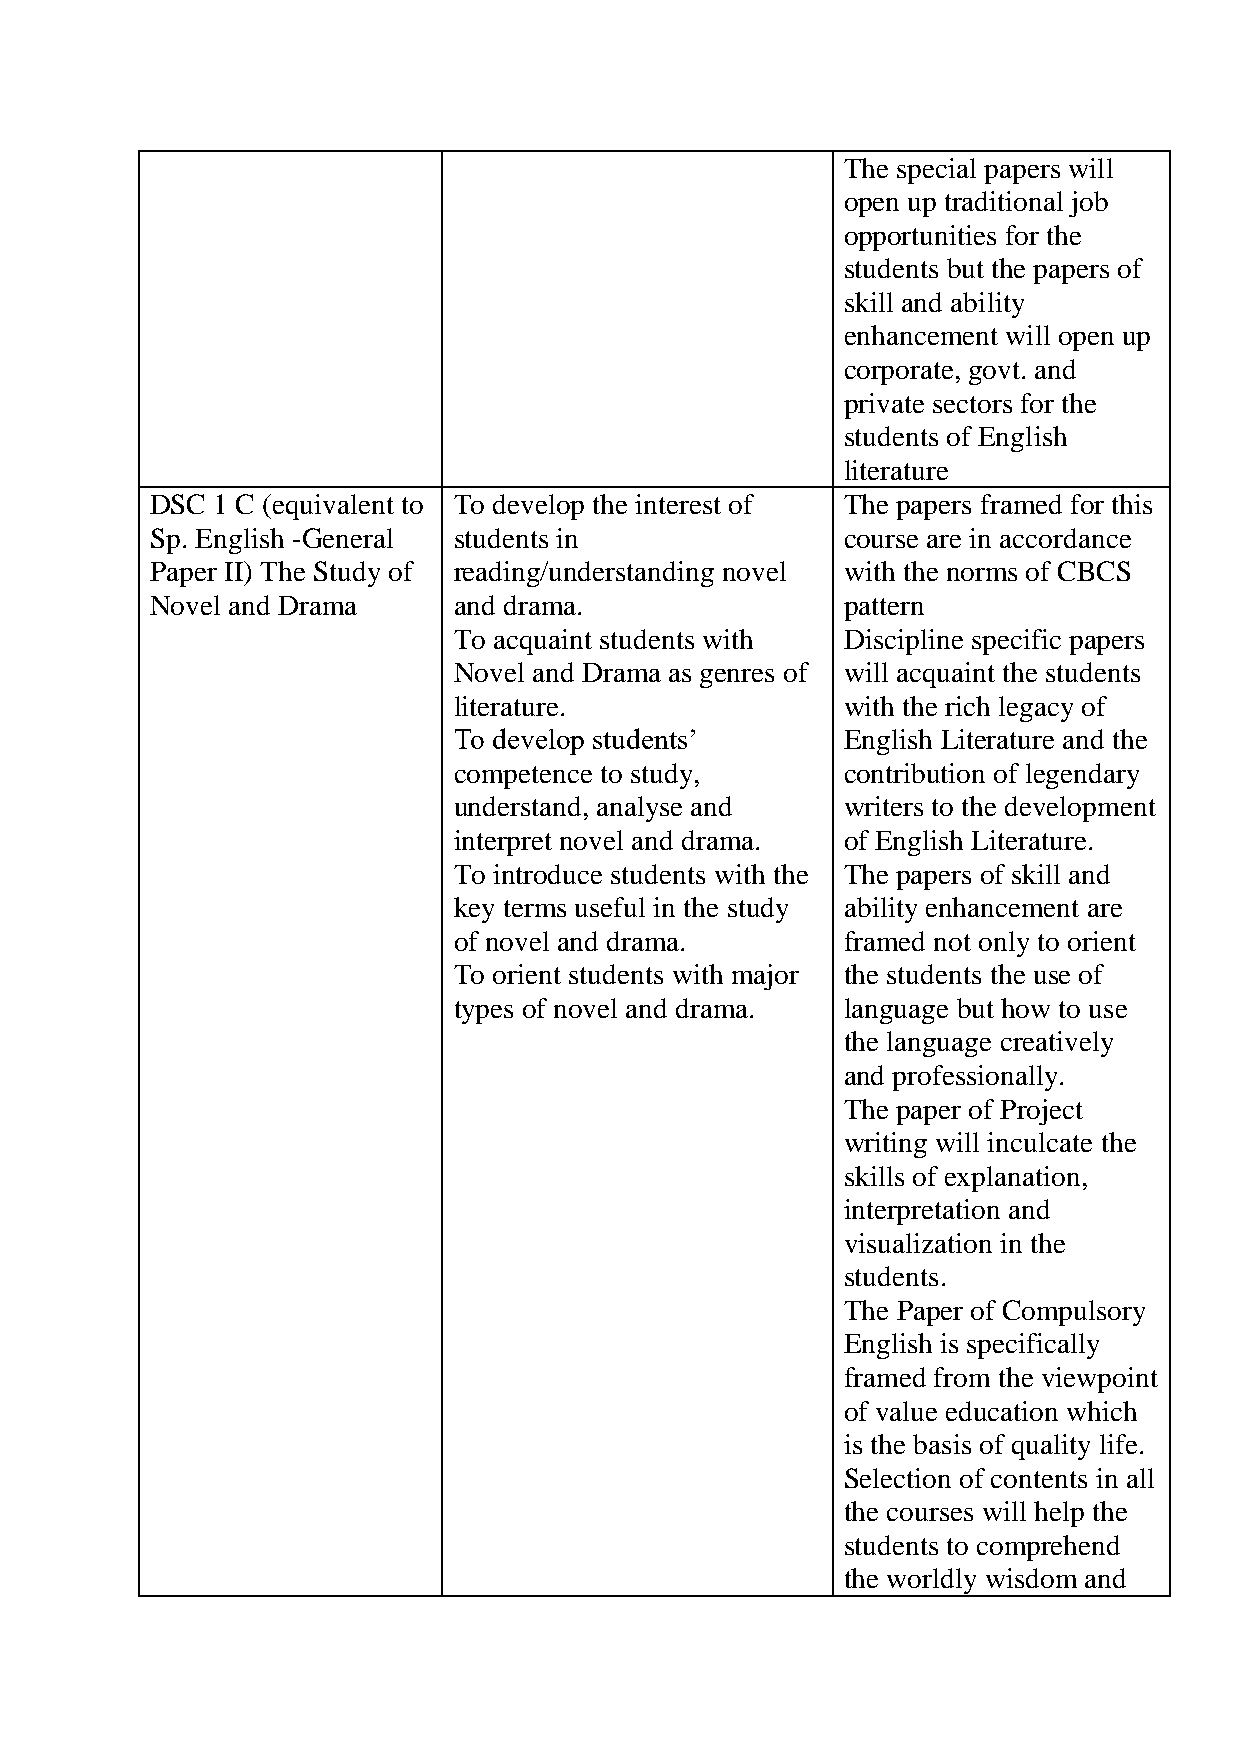
The special papers will
 open up traditional job
 opportunities for the
 students but the papers of
 skill and ability
 enhancement will open up
 corporate, govt. and
 private sectors for the
 students of English
 literature
 DSC 1 C (equivalent to To develop the interest of The papers framed for this
 Sp. English -General students in              course are in accordance
 Paper II) The Study of reading/understanding novel with the norms of CBCS
 Novel and Drama     and drama.                pattern
 To acquaint students with Discipline specific papers
 Novel and Drama as genres of will acquaint the students
 literature.               with the rich legacy of
 To develop students’      English Literature and the
 competence to study,      contribution of legendary
 understand, analyse and   writers to the development
 interpret novel and drama. of English Literature.
 To introduce students with the The papers of skill and
 key terms useful in the study ability enhancement are
 of novel and drama.       framed not only to orient
 To orient students with major the students the use of
 types of novel and drama. language but how to use
 the language creatively
 and professionally.
 The paper of Project
 writing will inculcate the
 skills of explanation,
 interpretation and
 visualization in the
 students.
 The Paper of Compulsory
 English is specifically
 framed from the viewpoint
 of value education which
 is the basis of quality life.
 Selection of contents in all
 the courses will help the
 students to comprehend
 the worldly wisdom and